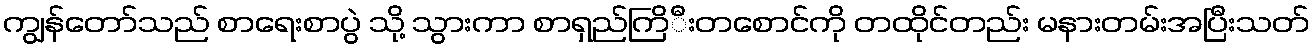
ကျွန်တော်သည် စာရေးစာပွဲ သို့ သွားကာ စာရှည်ကြိီးတစောင်ကို တထိုင်တည်း မနားတမ်းအပြီးသတ်